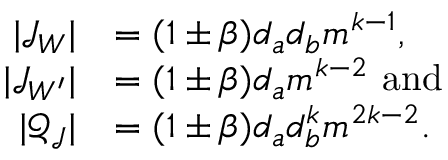
\begin{array} { r l } { | \mathcal { J } _ { W } | } & { = ( 1 \pm \beta ) d _ { a } d _ { b } m ^ { k - 1 } , } \\ { | \mathcal { J } _ { W ^ { \prime } } | } & { = ( 1 \pm \beta ) d _ { a } m ^ { k - 2 } \mathrm { ~ a n d } } \\ { | \mathcal { Q } _ { \mathcal { J } } | } & { = ( 1 \pm \beta ) d _ { a } d _ { b } ^ { k } m ^ { 2 k - 2 } . } \end{array}